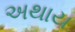
અથાય